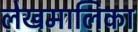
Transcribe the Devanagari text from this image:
लेखमालिका